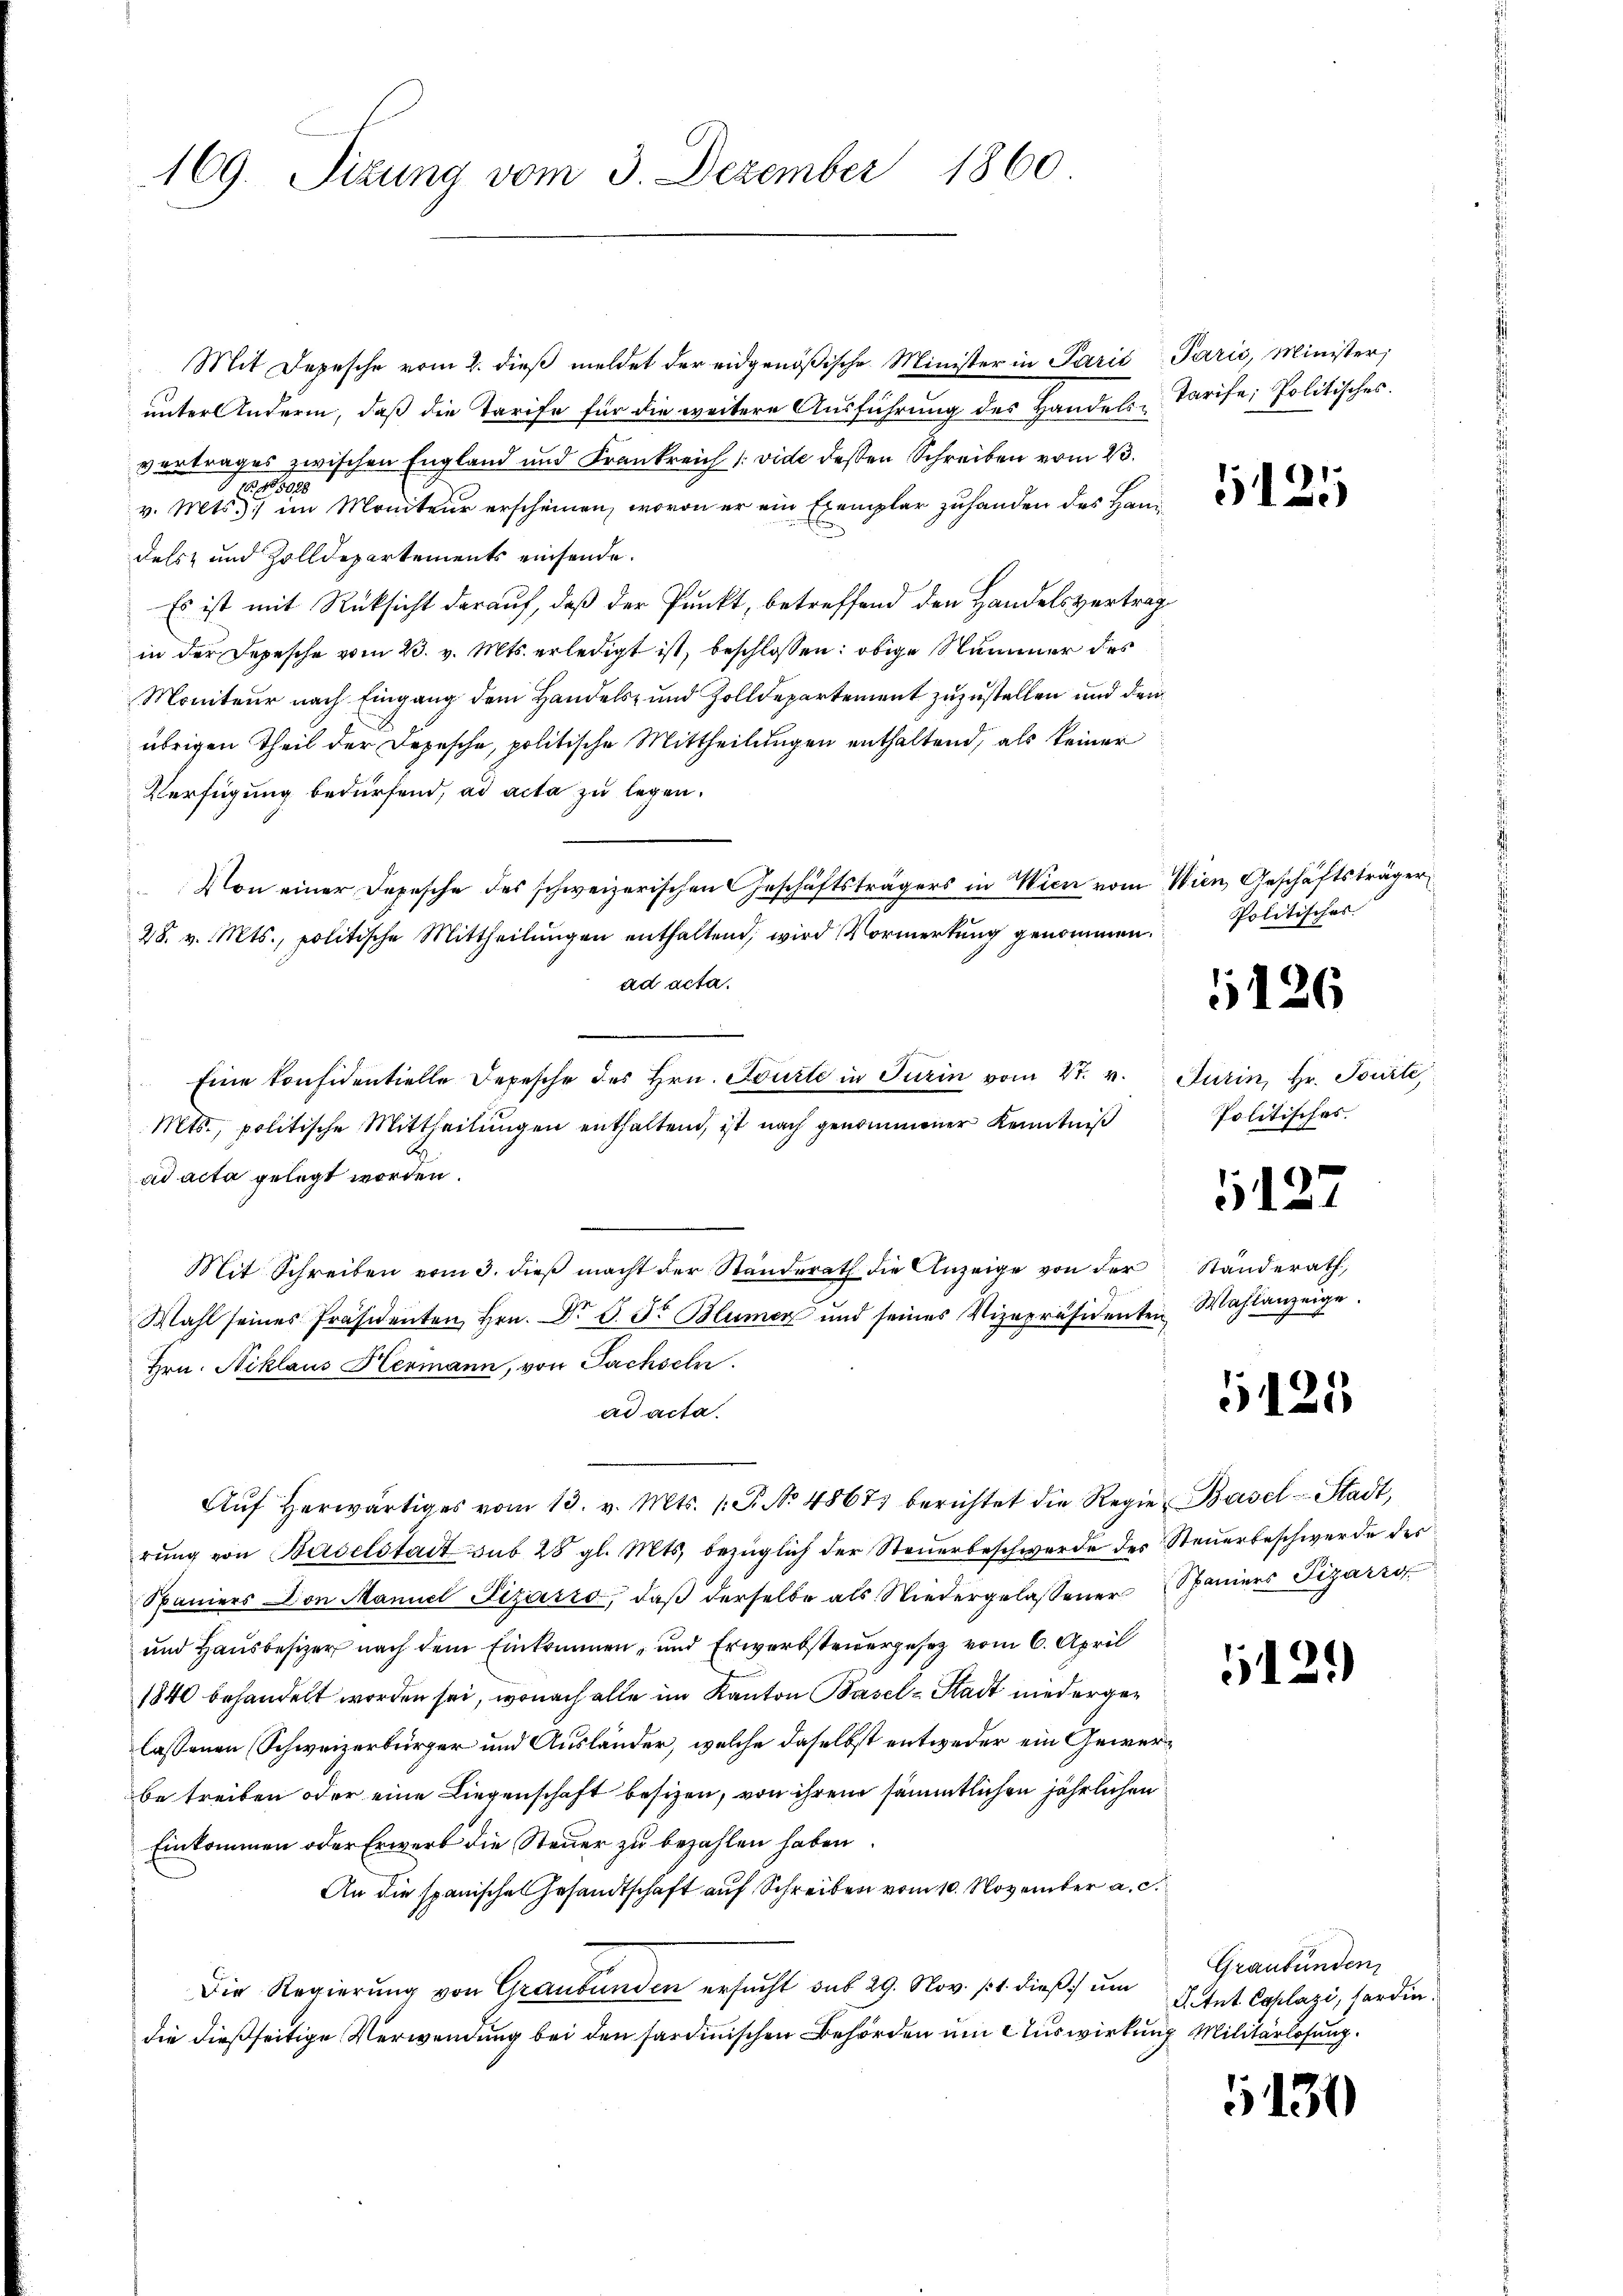
169. Sizung vom 3. Dezember 1860.

Mit Depesche vom 2. dieß meldet der eidgenößische Minister in Parić Paris, Minister,
unter Anderm, daß die Tarife für die weitere Ausführung des Handels-Tarife, Politisches.
vertrages zwischen England und Frankreich (vide dessen Schreiben vom 23.
v. Mts. einen Moniteur erscheinen, wovon er ein Exemplar zu handen des Handels und Zolldepartements einsende.
Es ist mit Rüksicht darauf, daß der Punkt, betreffend den Handelsvertrag
in der Depesche vom 23. v. Mts. erledigt ist, beschlossen: obige Summer des
Moniteur nach Eingang dem Handels- und Zolldepartement zuzustellen und den
übrigen Theil der Depesche, politische Mittheilungen enthaltend, als keiner
Verfügung bedürfend, ad acta zu legen.
Von einer Depesche des schweizerischen Geschäftsträgers in Wien vom Wien, Geschäftsträger
28. v. Mts., politische Mittheilŭngen enthaltend, wird Vormerkung genommen.
ad acta.
Eine konsidentielle Depesche des Hrn. Tourte in Turin vom 4t. v. Jurin, Hr. Tourte,
Mts., politische Mittheilungen enthaltend, ist nach genommener Kenntniß
ad acta gelegt worden.
Mit Schreiben vom 3. dieß macht der Standerath die Anzeige von der Standerath,
Wahl seines Präsidenten Hrn. Dr. S. S. Blümer und seines Vizepräsidenten Wahlanzeige.
Hrn. Niklaus Hermann, von Sachseln.
ad acta.
Aŭf herwärtiges vom 13. v. Mts. 1. P. No. 48671 berichtet die Regie-Basel-Stadt,
rŭng von Baselstadt aus 28 gl. Mts. bezüglich der Steŭerbeschwerde des Steuerbeschwerde des
Spaniers Don Maniel Pizárro, daβ derselbe als Niedergelassener Spaniers Lizarro
und Hausbesizer nach dem Einkommen, und Erwerbsteuergesetz vom 6. April
1840 behandelt worden sei, wonach alle im Kanton Basel-Stadt niedergelassenen (Schweizerbürger und Ausländer, welche daselbst entweder ein Gewerbe treiben oder eine Liegenschaft besizen, von ihrem sämmtlichen jährlichen
Einkommen oder Erwerb die Steuer zu bezahlen haben
An die spanische Gesandtschaft auf Schreiben vom 10. November a. c.
Die Regierung von Graubünden ersucht sub 29. Nov. 11. dieß) um
die dießseitige Verwendung bei den sardinischen Behörden um Auswirkung Militärlosung.

1125

Politisches

1126

Politisches

127

5125

129)

Graubünden
Le tut Caplazi, sardin

5130